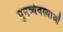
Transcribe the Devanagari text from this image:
पुनर्व्यवस्थाओं